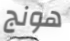
هونج